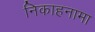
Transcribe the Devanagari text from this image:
निकाहनामा